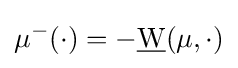
\mu ^{-}(\cdot )=-{\underline {\mathrm {W} }}(\mu ,\cdot )